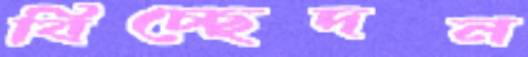
বিচ্ছেদন